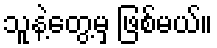
သူနဲ့တွေ့မှ ဖြစ်မယ်။